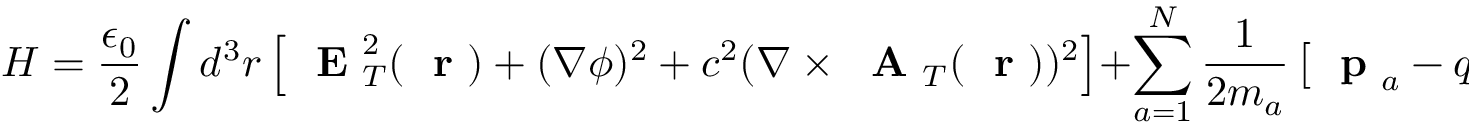
H = \frac { \epsilon _ { 0 } } { 2 } \int d ^ { 3 } r \left[ \mathrm { ~ \bf ~ E ~ } _ { T } ^ { 2 } ( \mathrm { ~ \bf ~ r ~ } ) + ( \nabla \phi ) ^ { 2 } + c ^ { 2 } ( \nabla \times \mathrm { ~ \bf ~ A ~ } _ { T } ( \mathrm { ~ \bf ~ r ~ } ) ) ^ { 2 } \right] + \sum _ { a = 1 } ^ { N } \frac { 1 } { 2 m _ { a } } \left[ \mathrm { ~ \bf ~ p ~ } _ { a } - q _ { a } \mathrm { ~ \bf ~ A ~ } _ { T } ( \mathrm { ~ \bf ~ r ~ } _ { a } ) \right] ^ { 2 }